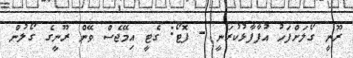
ރޫނީ ގޯލަށްފަހު އުފާފާޅުކުރަނީ - ފޮޓޯ: ގެޓީ އިމޭޖެސް ވޭން ރޫނީގެ ގޯލުން